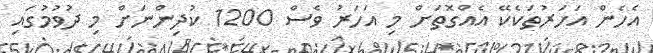
އެހެން އަހަރުތަކެކޭ އެއްގޮތަށް މި އަހަރު ވެސް 1200 ކުދިންނަށް މި ދުވުމުގައި